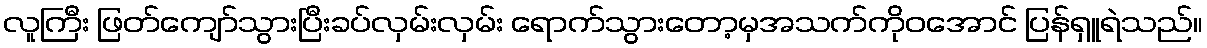
လူကြီး ဖြတ်ကျော်သွားပြီးခပ်လှမ်းလှမ်း ရောက်သွားတော့မှအသက်ကိုဝအောင် ပြန်ရှူရဲသည်။